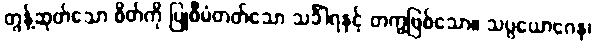
တွန့်ဆုတ်သော စိတ်ကို ပြုစီမံတတ်သော သင်္ခါရနှင့် တကွဖြစ်သော။ သပ္ပယောဂေန၊